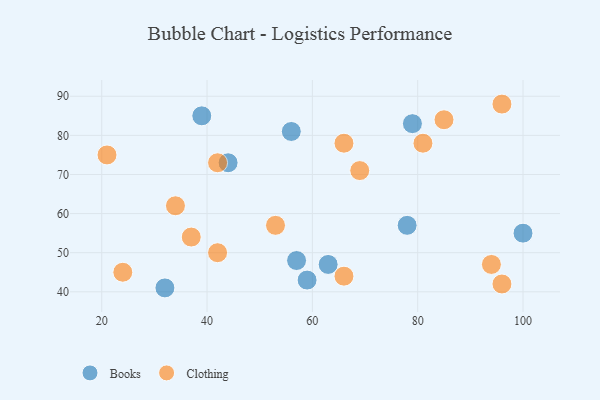
{"axis": {"x": "GDP", "y": "Life Expectancy"}, "legend": ["Books", "Clothing"], "data": [{"x": "59", "y": 43, "type": "Books"}, {"x": "56", "y": 81, "type": "Books"}, {"x": "100", "y": 55, "type": "Books"}, {"x": "32", "y": 41, "type": "Books"}, {"x": "39", "y": 85, "type": "Books"}, {"x": "63", "y": 47, "type": "Books"}, {"x": "79", "y": 83, "type": "Books"}, {"x": "44", "y": 73, "type": "Books"}, {"x": "78", "y": 57, "type": "Books"}, {"x": "57", "y": 48, "type": "Books"}, {"x": "66", "y": 44, "type": "Clothing"}, {"x": "96", "y": 88, "type": "Clothing"}, {"x": "42", "y": 73, "type": "Clothing"}, {"x": "42", "y": 50, "type": "Clothing"}, {"x": "94", "y": 47, "type": "Clothing"}, {"x": "53", "y": 57, "type": "Clothing"}, {"x": "96", "y": 42, "type": "Clothing"}, {"x": "85", "y": 84, "type": "Clothing"}, {"x": "69", "y": 71, "type": "Clothing"}, {"x": "81", "y": 78, "type": "Clothing"}, {"x": "66", "y": 78, "type": "Clothing"}, {"x": "34", "y": 62, "type": "Clothing"}, {"x": "21", "y": 75, "type": "Clothing"}, {"x": "24", "y": 45, "type": "Clothing"}, {"x": "37", "y": 54, "type": "Clothing"}]}